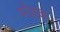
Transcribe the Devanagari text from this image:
मोहळ